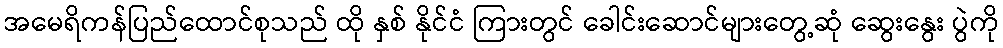
အမေရိကန်ပြည်ထောင်စုသည် ထို နှစ် နိုင်ငံ ကြားတွင် ခေါင်းဆောင်များတွေ့ဆုံ ဆွေးနွေး ပွဲကို